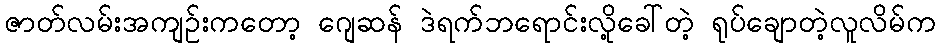
ဇာတ်လမ်းအကျဉ်းကတော့ ဂျေဆန် ဒဲရက်ဘရောင်းလို့ခေါ်တဲ့ ရုပ်ချောတဲ့လူလိမ်က